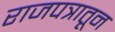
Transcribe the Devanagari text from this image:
राजपत्रातून